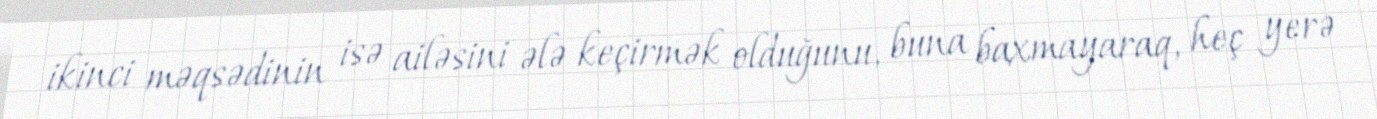
ikinci məqsədinin isə ailəsini ələ keçirmək olduğunu, buna baxmayaraq, heç yerə